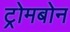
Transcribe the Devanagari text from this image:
ट्रोमबोन